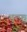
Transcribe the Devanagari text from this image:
तुत्फ